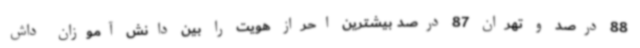
88 درصد و تهران 87 درصد بیشترین احراز هویت را بین دانش آموزان داش